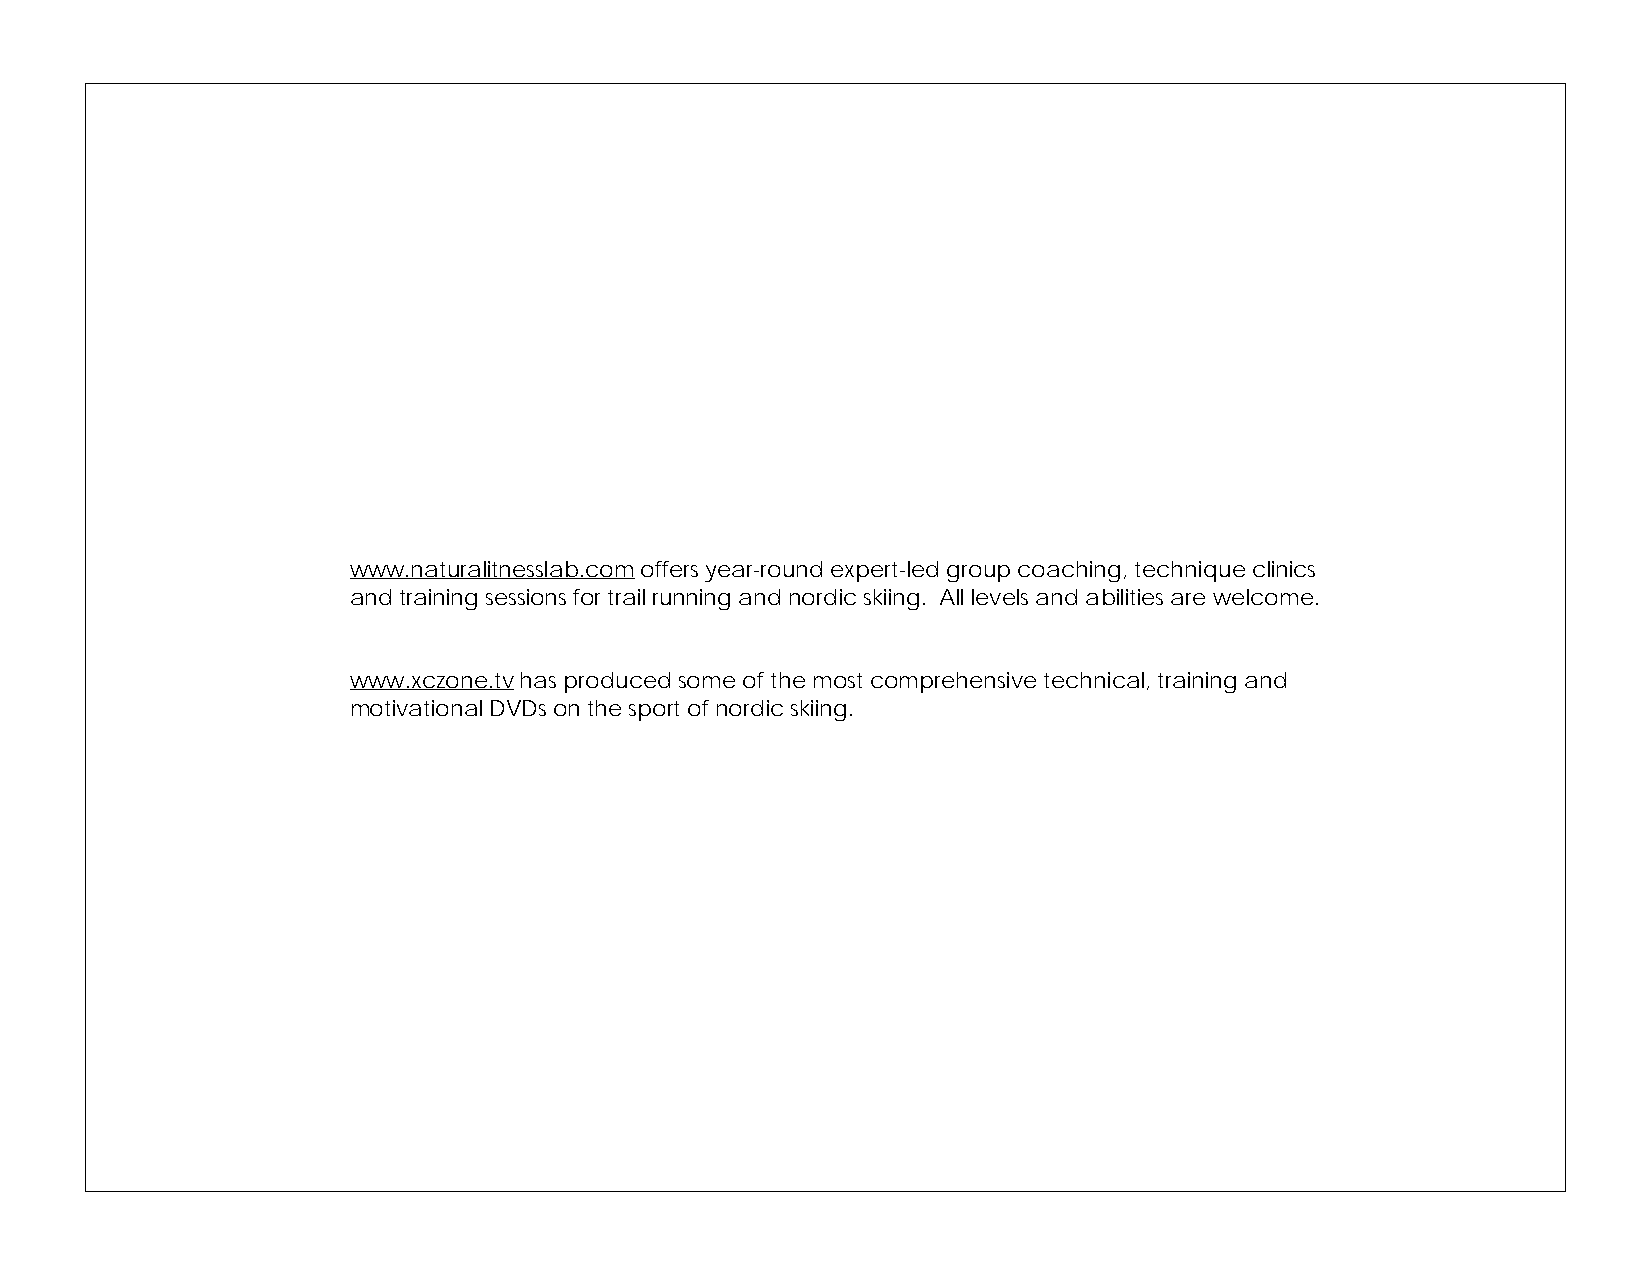
www.naturalitnesslab.com offers year-round expert-led group coaching, technique clinics
 and training sessions for trail running and nordic skiing. All levels and abilities are welcome.
 www.xczone.tv has produced some of the most comprehensive technical, training and
 motivational DVDs on the sport of nordic skiing.